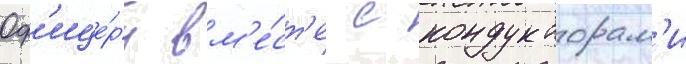
Оф'ице́ры вм'е́ст'е с кондукторам'и